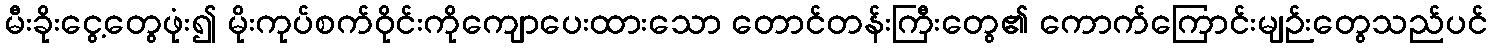
မီးခိုးငွေ့တွေဖုံး၍ မိုးကုပ်စက်ဝိုင်းကိုကျောပေးထားသော တောင်တန်းကြီးတွေ၏ ကောက်ကြောင်းမျဉ်းတွေသည်ပင်